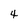
Character: 4